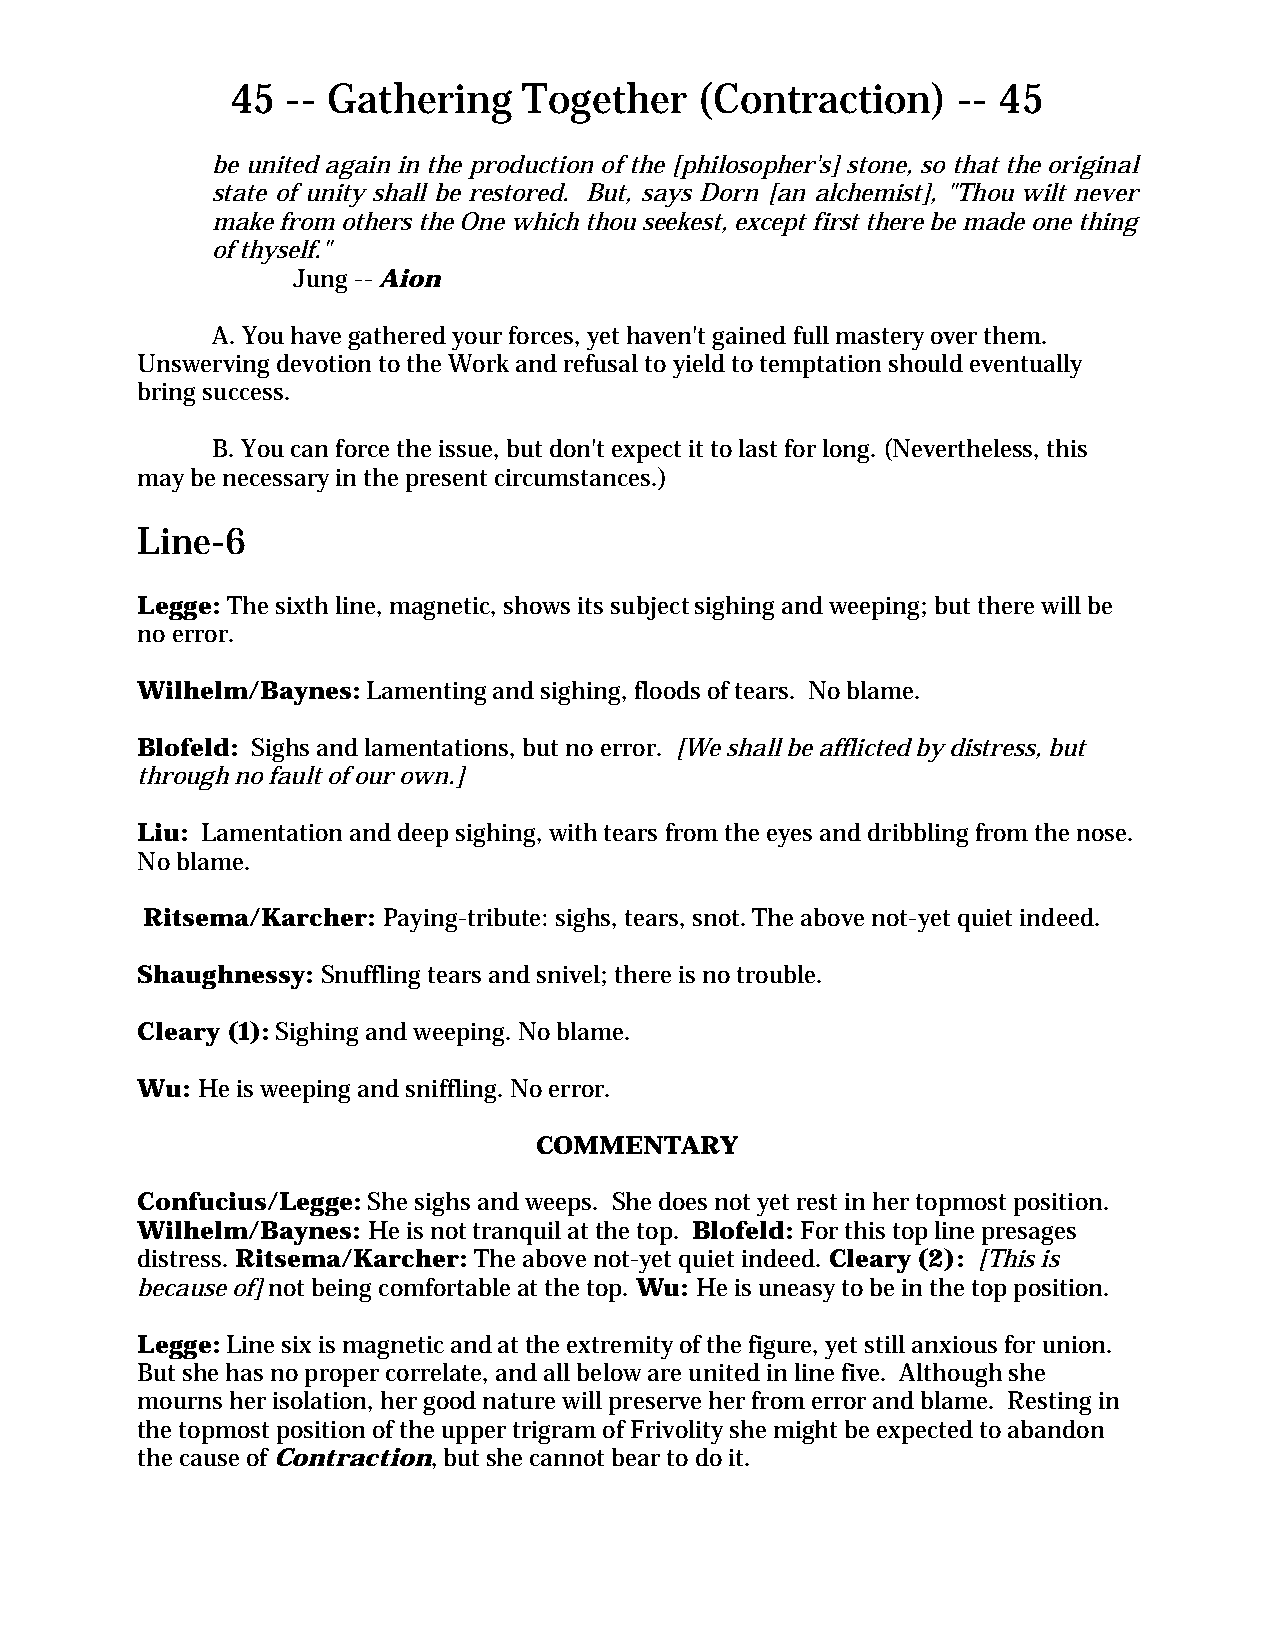
45  -- Gathering    Together   (Contraction)    -- 45
 be united again in the production of the [philosopher's] stone, so that the original
 state of unity shall be restored. But, says Dorn [an alchemist], "Thou wilt never
 make from others the One which thou seekest, except first there be made one thing
 of thyself."
 Jung -- Aion
 A. You have gathered your forces, yet haven't gained full mastery over them.
 Unswerving devotion to the Work and refusal to yield to temptation should eventually
 bring success.
 B. You can force the issue, but don't expect it to last for long. (Nevertheless, this
 may be necessary in the present circumstances.)
 Line-6
 Legge: The sixth line, magnetic, shows its subject sighing and weeping; but there will be
 no error.
 Wilhelm/Baynes: Lamenting and sighing, floods of tears. No blame.
 Blofeld: Sighs and lamentations, but no error. [We shall be afflicted by distress, but
 through no fault of our own.]
 Liu: Lamentation and deep sighing, with tears from the eyes and dribbling from the nose.
 No blame.
 Ritsema/Karcher: Paying-tribute: sighs, tears, snot. The above not-yet quiet indeed.
 Shaughnessy: Snuffling tears and snivel; there is no trouble.
 Cleary (1): Sighing and weeping. No blame.
 Wu: He is weeping and sniffling. No error.
 COMMENTARY
 Confucius/Legge: She sighs and weeps. She does not yet rest in her topmost position.
 Wilhelm/Baynes: He is not tranquil at the top. Blofeld: For this top line presages
 distress. Ritsema/Karcher: The above not-yet quiet indeed. Cleary (2): [This is
 because of] not being comfortable at the top. Wu: He is uneasy to be in the top position.
 Legge: Line six is magnetic and at the extremity of the figure, yet still anxious for union.
 But she has no proper correlate, and all below are united in line five. Although she
 mourns her isolation, her good nature will preserve her from error and blame. Resting in
 the topmost position of the upper trigram of Frivolity she might be expected to abandon
 the cause of Contraction, but she cannot bear to do it.